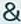
&